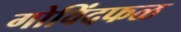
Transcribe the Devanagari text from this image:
गोविंदफळ